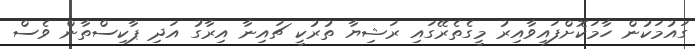
ގައުމަކުން ހާމަކޮށްފައިވާއިރު މީގެތެރޭގައި ރަޝިޔާ ތުރުކީ ޗައިނާ އިރާގު އަދި ޕާކިސްތާން ވެސް